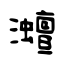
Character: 灗